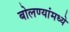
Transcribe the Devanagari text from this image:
बोलण्यांमध्ये